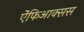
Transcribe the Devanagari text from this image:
ऐंफिआक्सस